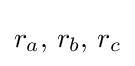
r_{a},\,r_{b},\,r_{c}